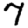
Digit: 7